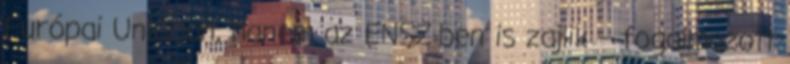
Európai Unióban, hanem az ENSZ-ben is zajlik – fogalmazott